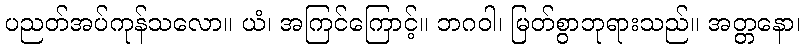
ပညတ်အပ်ကုန်သလော။ ယံ၊ အကြင်ကြောင့်။ ဘဂဝါ၊ မြတ်စွာဘုရားသည်။ အတ္တနော၊